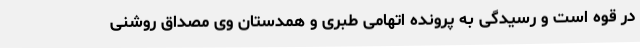
در قوه است و رسیدگی به پرونده اتهامی طبری و همدستان وی مصداق روشنی